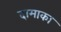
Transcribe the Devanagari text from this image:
दामाका